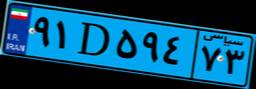
۹۱D۵۹۴۷۳